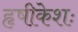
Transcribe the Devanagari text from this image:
हृषीकेशः